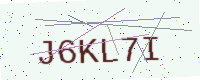
Text: J6KL7I